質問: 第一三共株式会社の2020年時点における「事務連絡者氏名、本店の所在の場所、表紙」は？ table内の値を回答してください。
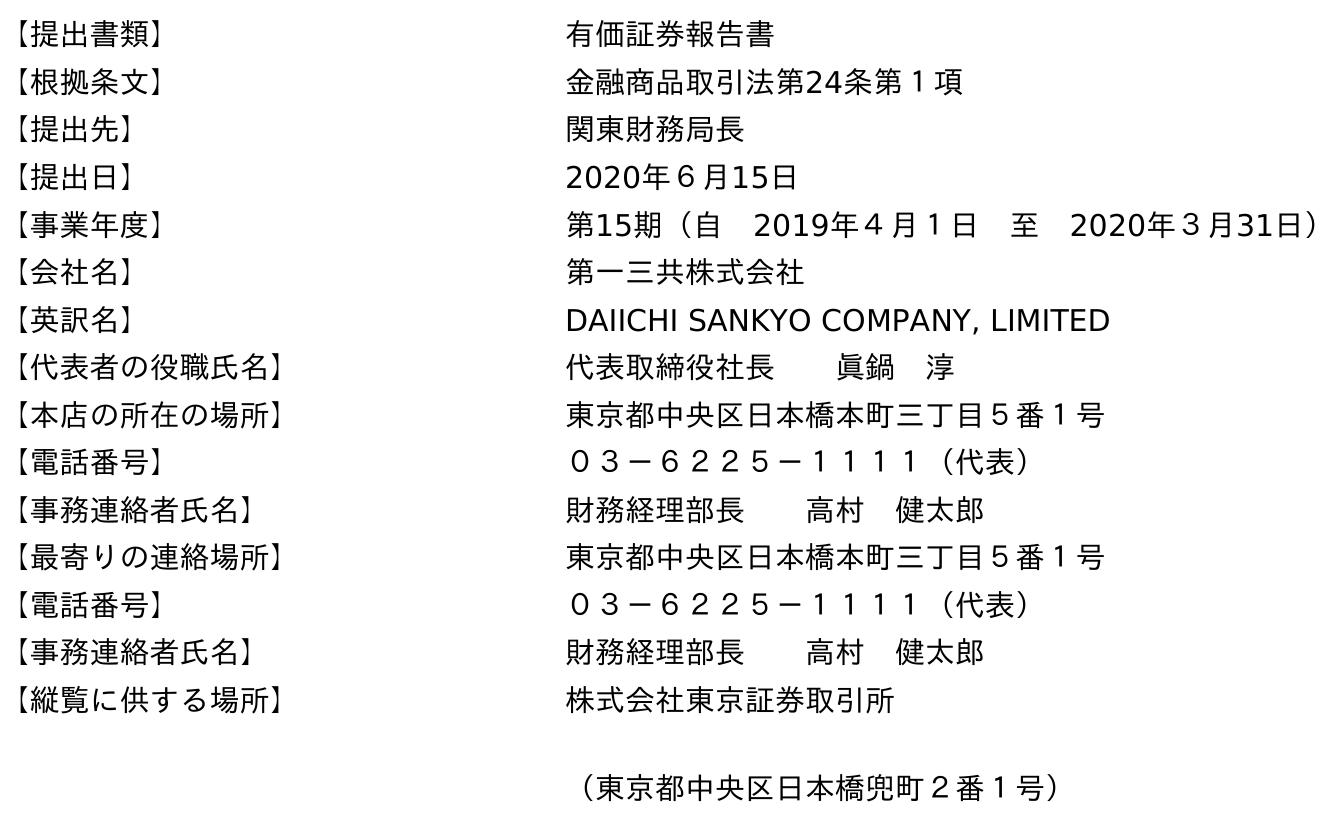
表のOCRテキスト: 【提出書類】 有価証券報告書 【根拠条文】 金融商品取引法第24条第１項 【提出先】 関東財務局長 【提出日】 2020年６月15日 【事業年度】 第15期（自 2019年４月１日 至 2020年３月31日） 【会社名】 第一三共株式会社 【英訳名】 DAIICHI SANKYO COMPANY, LIMITED 【代表者の役職氏名】 代表取締役社長  眞鍋 淳 【本店の所在の場所】 東京都中央区日本橋本町三丁目５番１号 【電話番号】 ０３－６２２５－１１１１（代表） 【事務連絡者氏名】 財務経理部長  高村 健太郎 【最寄りの連絡場所】 東京都中央区日本橋本町三丁目５番１号 【電話番号】 ０３－６２２５－１１１１（代表） 【事務連絡者氏名】 財務経理部長  高村 健太郎 【縦覧に供する場所】 株式会社東京証券取引所 （東京都中央区日本橋兜町２番１号）
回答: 財務経理部長高村　健太郎